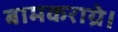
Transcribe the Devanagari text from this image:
बामकराग्रे।